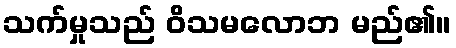
သက်မှုသည် ဝိသမလောဘ မည်၏။